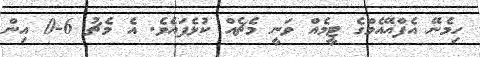
ހިމެނޭ އެފްއޭއެމްގެ ޓީމެއް ވަނީ މެޗެއް ކުޅެފައެވެ. އެ މެޗު 6-0 އިން